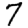
Digit: 7